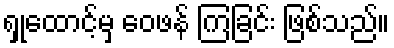
ရှုထောင့်မှ ဝေဖန် ကြခြင်း ဖြစ်သည်။